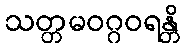
သတ္တမဝဂ္ဂဝရန္တိ